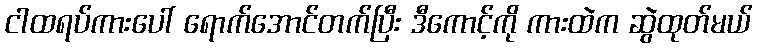
ငါထရပ်ကားပေါ် ရောက်အောင်တက်ပြီး ဒီကောင့်ကို ကားထဲက ဆွဲထုတ်မယ်